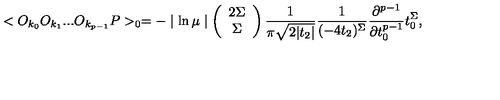
< O _ { k _ { 0 } } O _ { k _ { 1 } } . . . O _ { k _ { p - 1 } } P > _ { 0 } = - \mid \ln \mu \mid \left( \begin{array} { c } { 2 \Sigma } \\ { \Sigma } \\ \end{array} \right) \frac { 1 } { \pi \sqrt { 2 | t _ { 2 } | } } \frac { 1 } { ( - 4 t _ { 2 } ) ^ { \Sigma } } \frac { \partial ^ { p - 1 } } { \partial t _ { 0 } ^ { p - 1 } } t _ { 0 } ^ { \Sigma } ,